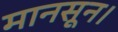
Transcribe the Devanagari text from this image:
मानसून।